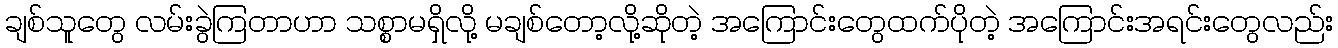
ချစ်သူတွေ လမ်းခွဲကြတာဟာ သစ္စာမရှိလို့ မချစ်တော့လို့ဆိုတဲ့ အကြောင်းတွေထက်ပိုတဲ့ အကြောင်းအရင်းတွေလည်း